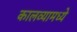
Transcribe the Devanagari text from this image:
कालव्यामध्ये